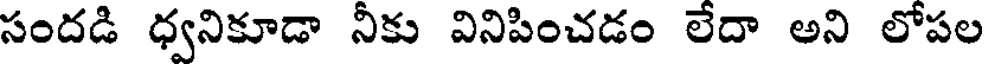
సందడి ధ్వనికూడా నీకు వినిపించడం లేదా అని లోపల